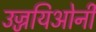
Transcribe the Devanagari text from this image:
उज्जयिओनी